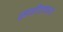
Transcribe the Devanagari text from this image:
संगीतकारा